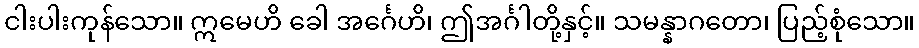
ငါးပါးကုန်သော။ ဣမေဟိ ခေါ အင်္ဂေဟိ၊ ဤအင်္ဂါတို့နှင့်။ သမန္နာဂတော၊ ပြည့်စုံသော။